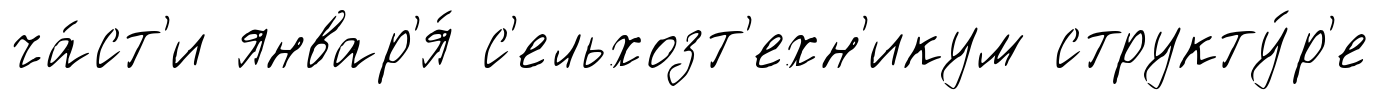
ча́ст'и январ'я́ с'ельхозт'ехн'икум структу́р'е